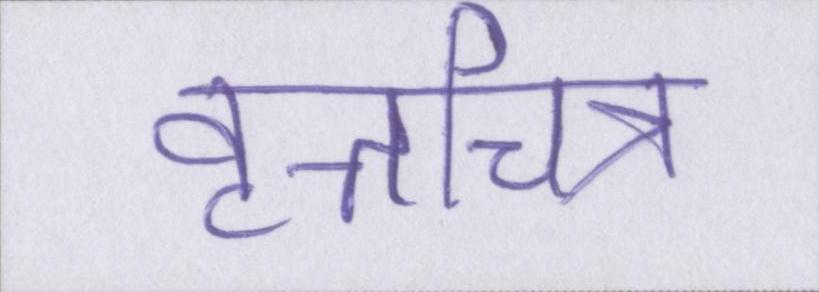
वृत्तचित्र